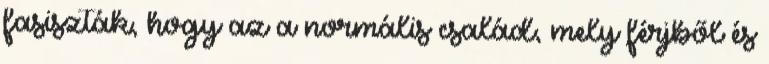
fasiszták, hogy az a normális család, mely férjből és